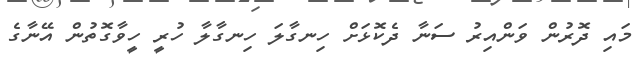
މައި ދޮރުން ވަންއިރު ސަނާ ދެކޮޅަށް ހިނގާލަ ހިނގާލާ ހުރީ ހީވާގޮތުން އޭނާގެ